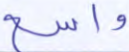
واسع